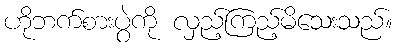
ဟိုဘက်စားပွဲကို လှည့်ကြည့်မိသေးသည်။